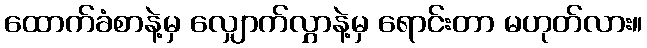
ထောက်ခံစာနဲ့မှ လျှောက်လွှာနဲ့မှ ရောင်းတာ မဟုတ်လား။